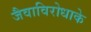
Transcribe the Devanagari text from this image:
जैवाविरोधाके